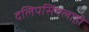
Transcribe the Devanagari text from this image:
दलिपसिंगलाही